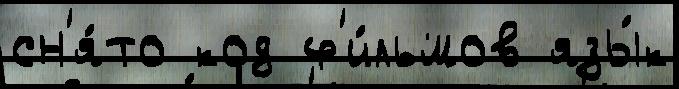
сн'я́то код ф'и́льмов язы́к